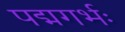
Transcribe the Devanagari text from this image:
पद्मगर्भः